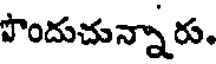
పొందుచున్నారు.